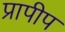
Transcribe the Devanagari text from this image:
प्रापीप